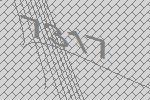
7317